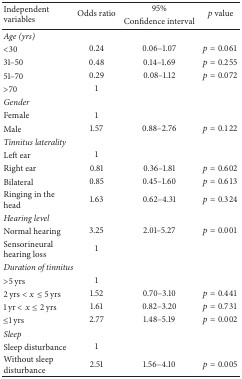
| <ROWSPAN=2> Independent variables | <ROWSPAN=2> Odds ratio | 95% | <ROWSPAN=2> p value |
 | Confidence interval |
 | --- | --- | --- | --- |
 | Age (yrs) |  |  |  |
 | <30 | 0.24 | 0.06–1.07 | p = 0.061 |
 | 31–50 | 0.48 | 0.14–1.69 | p = 0.255 |
 | 51–70 | 0.29 | 0.08–1.12 | p = 0.072 |
 | >70 | 1 |  |  |
 | Gender |  |  |  |
 | Female | 1 |  |  |
 | Male | 1.57 | 0.88–2.76 | p = 0.122 |
 | Tinnitus laterality |  |  |  |
 | Left ear | 1 |  |  |
 | Right ear | 0.81 | 0.36–1.81 | p = 0.602 |
 | Bilateral | 0.85 | 0.45–1.60 | p = 0.613 |
 | Ringing in the head | 1.63 | 0.62–4.31 | p = 0.324 |
 | Hearing level |  |  |  |
 | Normal hearing | 3.25 | 2.01–5.27 | p = 0.001 |
 | Sensorineural hearing loss | 1 |  |  |
 | Duration of tinnitus |  |  |  |
 | >5 yrs | 1 |  |  |
 | 2 yrs < x ≤ 5 yrs | 1.52 | 0.70–3.10 | p = 0.441 |
 | 1 yr < x ≤ 2 yrs | 1.61 | 0.82–3.20 | p = 0.731 |
 | ≤1 yrs | 2.77 | 1.48–5.19 | p = 0.002 |
 | Sleep |  |  |  |
 | Sleep disturbance | 1 |  |  |
 | Without sleep disturbance | 2.51 | 1.56–4.10 | p = 0.005 |